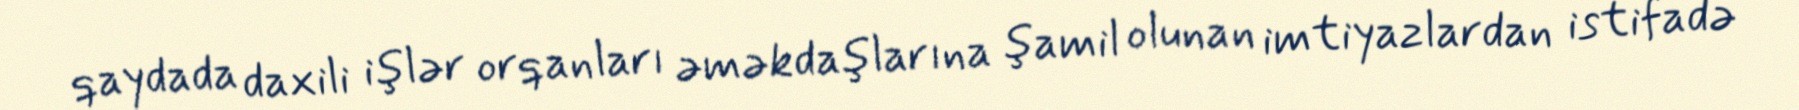
qaydada daxili işlər orqanları əməkdaşlarına şamil olunan imtiyazlardan istifadə